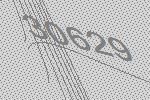
30629